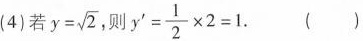
(4)若$$y = \sqrt{2}$$ 则 $$y^{\prime} = \frac{1}{2} \times 2 = 1$$. ()